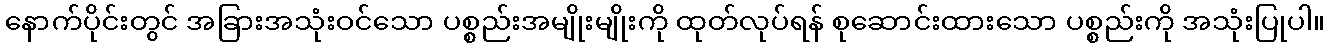
နောက်ပိုင်းတွင် အခြားအသုံးဝင်သော ပစ္စည်းအမျိုးမျိုးကို ထုတ်လုပ်ရန် စုဆောင်းထားသော ပစ္စည်းကို အသုံးပြုပါ။